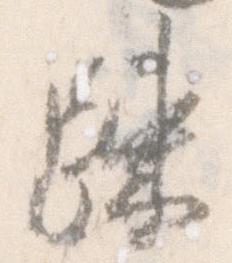
疎